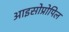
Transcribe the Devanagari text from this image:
आइसोप्रोपिल